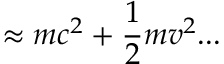
\approx m c ^ { 2 } + { \frac { 1 } { 2 } } m v ^ { 2 } . . .